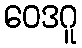
ဝေဒဂူ